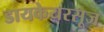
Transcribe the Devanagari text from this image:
डायकेयरसूज